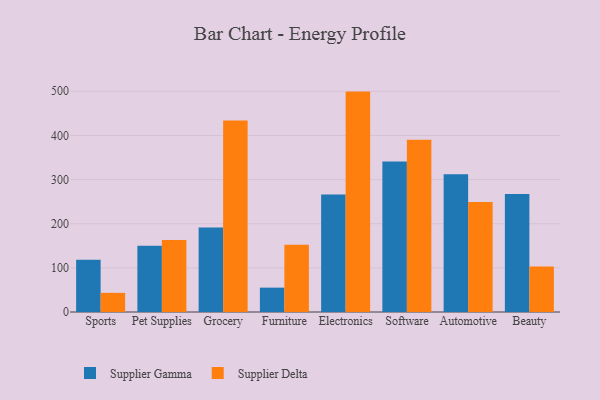
{"axis": {"x": "Category", "y": "Backlog"}, "legend": ["Supplier Delta", "Supplier Gamma"], "data": [{"x": "Sports", "y": 118.4, "type": "Supplier Gamma"}, {"x": "Sports", "y": 43.4, "type": "Supplier Delta"}, {"x": "Pet Supplies", "y": 150.2, "type": "Supplier Gamma"}, {"x": "Pet Supplies", "y": 163.3, "type": "Supplier Delta"}, {"x": "Grocery", "y": 191.4, "type": "Supplier Gamma"}, {"x": "Grocery", "y": 433.8, "type": "Supplier Delta"}, {"x": "Furniture", "y": 55.2, "type": "Supplier Gamma"}, {"x": "Furniture", "y": 152.5, "type": "Supplier Delta"}, {"x": "Electronics", "y": 266.1, "type": "Supplier Gamma"}, {"x": "Electronics", "y": 499.3, "type": "Supplier Delta"}, {"x": "Software", "y": 340.7, "type": "Supplier Gamma"}, {"x": "Software", "y": 390.5, "type": "Supplier Delta"}, {"x": "Automotive", "y": 312.1, "type": "Supplier Gamma"}, {"x": "Automotive", "y": 249.2, "type": "Supplier Delta"}, {"x": "Beauty", "y": 267.3, "type": "Supplier Gamma"}, {"x": "Beauty", "y": 103.2, "type": "Supplier Delta"}]}